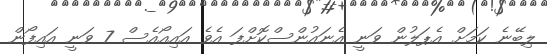
ލިބޭނެ ކަމަށް އެޕަލުން ވަނީ އެނައުންސްކޮށްފަ އެވެ އައިއޯއެސް 7 ވަނީ އައިފޯން